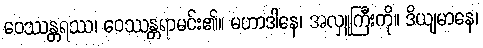
ဝေဿန္တရဿ၊ ဝေဿန္တရာမင်း၏။ မဟာဒါနေ၊ အလှူကြီးကို။ ဒိယျမာနေ၊